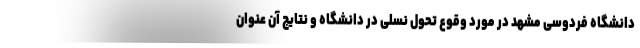
دانشگاه فردوسی مشهد در مورد وقوع تحول نسلی در دانشگاه و نتایج آن عنوان